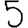
Digit: 5